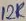
Text: 12K